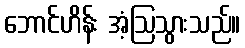
ဘောင်ဟိန်း အံ့ဩသွားသည်။